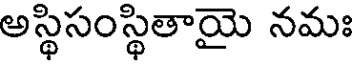
అస్థిసంస్థితాయై నమః